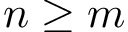
n \geq m